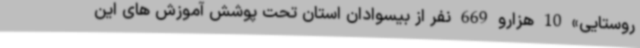
روستایی» 10 هزارو 669 نفر از بیسوادان استان تحت پوشش آموزش های این